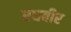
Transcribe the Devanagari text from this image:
रघबीर